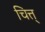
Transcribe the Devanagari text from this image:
चित्त्